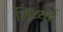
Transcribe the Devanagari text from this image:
लिय्यर्ट